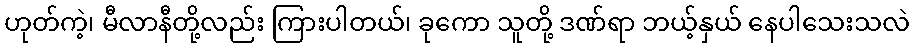
ဟုတ်ကဲ့၊ မီလာနီတို့လည်း ကြားပါတယ်၊ ခုကော သူတို့ ဒဏ်ရာ ဘယ့်နှယ် နေပါသေးသလဲ